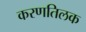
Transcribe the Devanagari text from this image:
करणतिलक